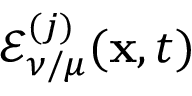
\mathcal { E } _ { \nu / \mu } ^ { ( j ) } ( \mathbf { x } , t )